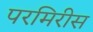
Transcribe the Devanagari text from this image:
परमिरीस